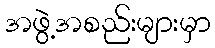
အဖွဲ့အစည်းများမှာ